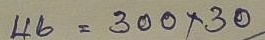
46 = 300 x 30